Civil Veterinary Dept. Bombay admin report 1932-41 - 1932-1941
Year: 1932
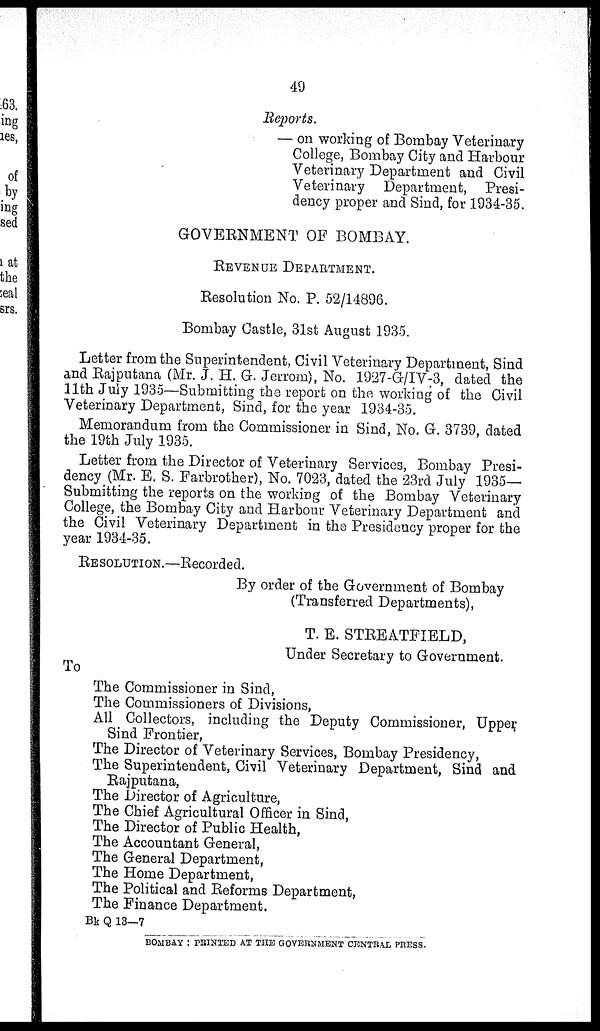
49
Reports.
— on working of Bombay Veterinary
College, Bombay City and Harbour
Veterinary Department and Civil
Veterinary Department, Presi-
dency proper and Sind, for 1934-35.
GOVERNMENT OF BOMBAY.
REVENUE DEPARTMENT.
Resolution No. P. 52/14896.
Bombay Castle, 31st August 1935.
Letter from the Superintendent, Civil Veterinary Department, Sind
and Rajputana (Mr. J. H. G. Jerrom), No. 1927-G/IV-3, dated the
11th July 1935—Submitting the report on the working of the Civil
Veterinary Department, Sind, for the year 1934-35.
Memorandum from the Commissioner in Sind, No. G. 3739, dated
the 19th July 1935.
Letter from the Director of Veterinary Services, Bombay Presi-
dency (Mr. E. S. Farbrother), No. 7023, dated the 23rd July 1935—
Submitting the reports on the working of the Bombay Veterinary
College, the Bombay City and Harbour Veterinary Department and
the Civil Veterinary Department in the Presidency proper for the
year 1934-35.
RESOLUTION.—Recorded.
By order of the Government of Bombay
(Transferred Departments),
T. E. STREATFIELD,
Under Secretary to Government.
To
The Commissioner in Sind,
The Commissioners of Divisions,
All Collectors, including the Deputy Commissioner, Upper
Sind Frontier,
The Director of Veterinary Services, Bombay Presidency,
The Superintendent, Civil Veterinary Department, Sind and
Rajputana,
The Director of Agriculture,
The Chief Agricultural Officer in Sind,
The Director of Public Health,
The Accountant General,
The General Department,
The Home Department,
The Political and Reforms Department,
The Finance Department.
Bk Q 13—7
BOMBAY : PRINTED AT THE GOVERNMENT CENTRAL PRESS.